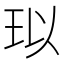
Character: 𤤳